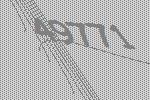
49771